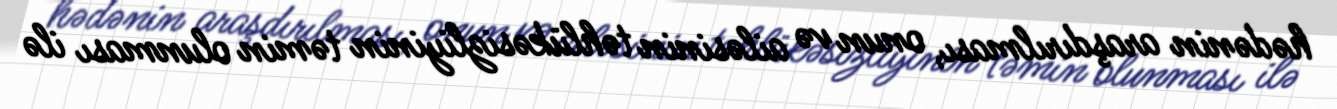
hədənin araşdırılması, onun və ailəsinin təhlükəsizliyinin təmin olunması ilə